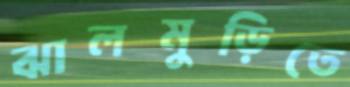
ঝালমুড়িতে